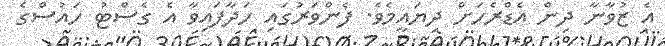
އެ ޒުވާނާ ދިން އެޑްރެހަށް ދިޔައީމެވެ. ފެންވަރުގައި ހަދާފައިވާ އެ ގެސްޓު ހައުސްގެ